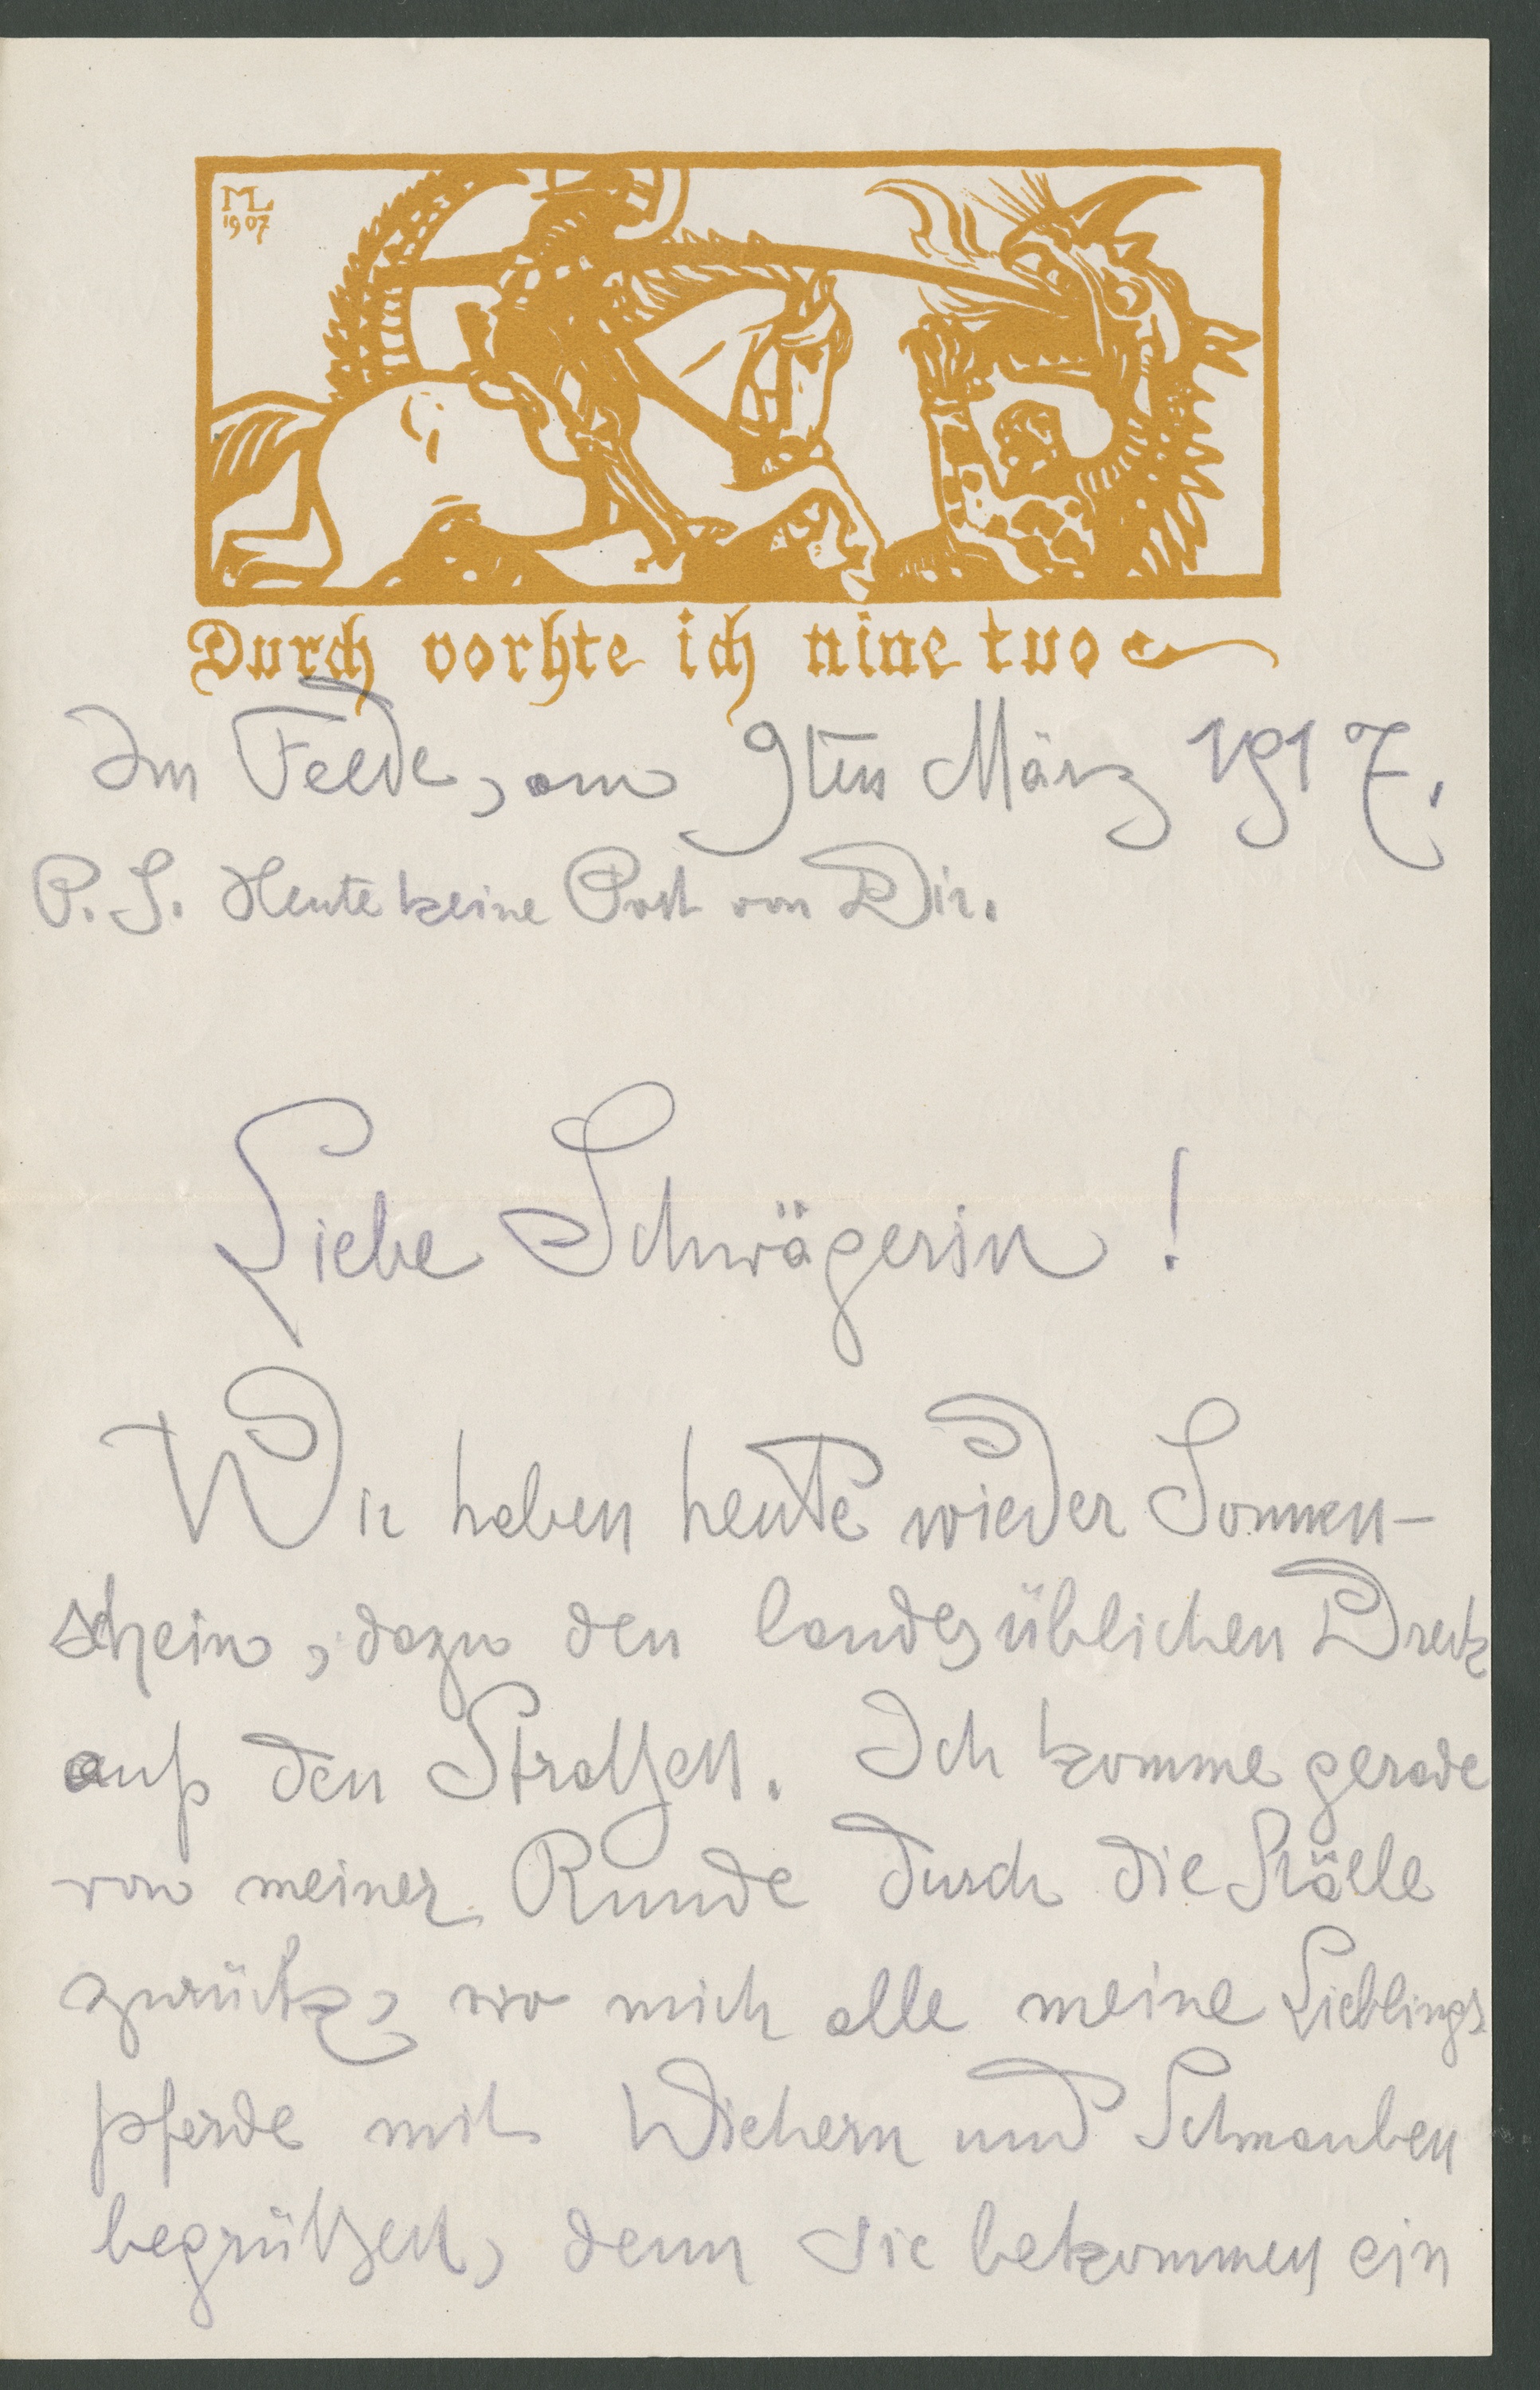
1907
Durch vorhte ich nine tuo
Im Flede, am 9ten März 1917.
P.S. Heute keine Post von Dir.
Liebe Schwägerin!
Wir haben heute wiedr Sonnen-
schein, dazu den landesüblichen Dreck
auf den Straßen. Ich komme gerade
von meiner Runde durch die Ställe
zurück, wo mich alle meine Lieblings-
pferde mit Wiehern und Schnauben
begrüßen, denn sie bekommen ein